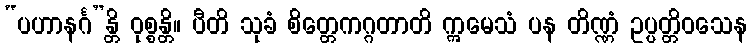
“ပဟာနင်္ဂ”န္တိ ဝုစ္စန္တိ။ ပီတိ သုခံ စိတ္တေကဂ္ဂတာတိ ဣမေသံ ပန တိဏ္ဏံ ဥပ္ပတ္တိဝသေန